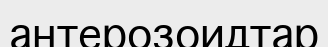
антерозоидтар